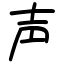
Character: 声